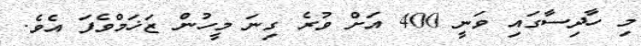
މި ހާދިސާގައި ވަނީ 400 އަށް ވުރެ ގިނަ މީހުން ޒަޚަމްވެފަ އެވެ.